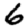
Digit: 6